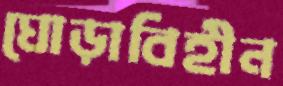
ঘোড়াবিহীন